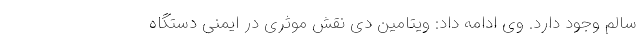
سالم وجود دارد. وی ادامه داد: ویتامین دی نقش موثری در ایمنی دستگاه